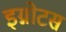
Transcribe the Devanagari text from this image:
इग्नोटस